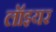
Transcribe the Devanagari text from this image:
लॉइयर